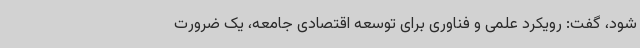
شود، گفت: رویکرد علمی و فناوری برای توسعه اقتصادی جامعه، یک ضرورت